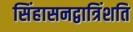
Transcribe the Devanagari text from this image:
सिंहासनद्वात्रिंशति